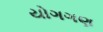
યોગગણ